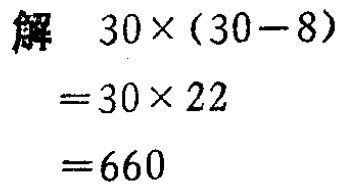
解

\[

\begin{align*}

&30\times(30 - 8)\\

=&30\times22\\

=&660

\end{align*}

\]